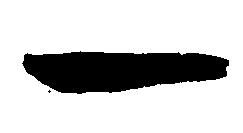
一